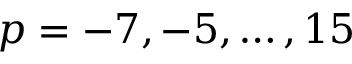
p = - 7 , - 5 , \ldots , 1 5